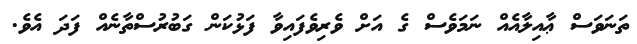
ތަނަވަސް ޢާއިލާއެއް ނަމަވެސް ގެ އަށް ވެރިވެފައިވާ ފަޅުކަން ގަބުރުސްތާނެއް ފަދަ އެވެ.